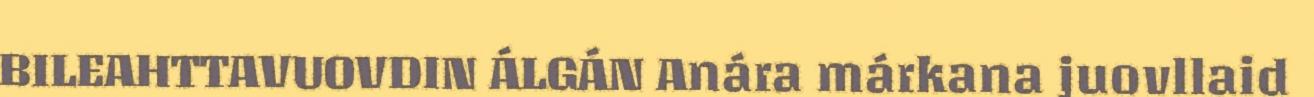
BILEAHTTAVUOVDIN ÁLGÁN Anára márkana juovllaid